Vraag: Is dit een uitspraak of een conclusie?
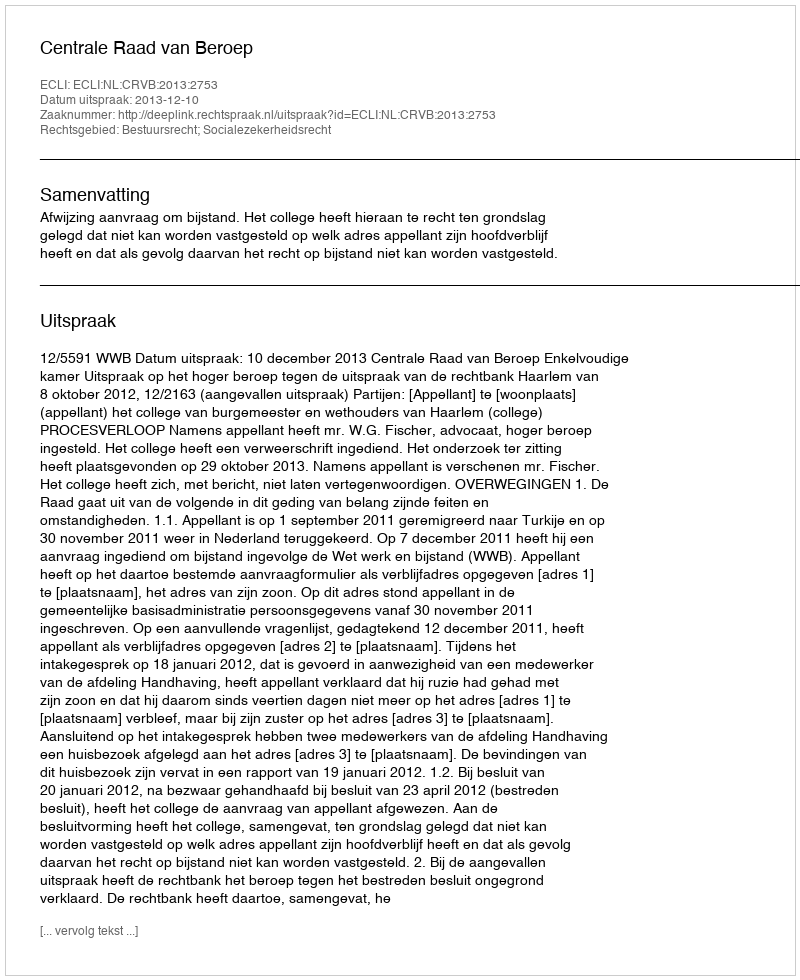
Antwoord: Uitspraak